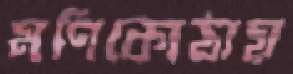
মণিকোঠায়